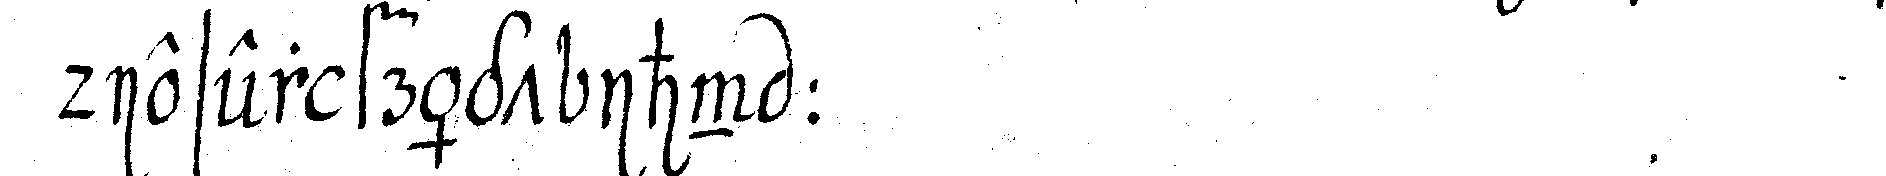
dieser frägt ihn :